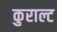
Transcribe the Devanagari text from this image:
कुराल्ट